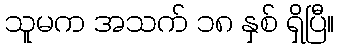
သူမက အသက် ၁၈ နှစ် ရှိပြီ။